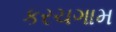
કરચગામ